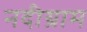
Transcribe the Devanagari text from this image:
नदीग्राम